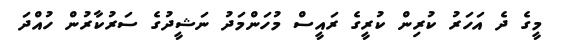
މީގެ ދެ އަހަރު ކުރިން ކުރީގެ ރައީސް މުހަންމަދު ނަޝީދުގެ ސަރުކާރުން ހުއްދަ